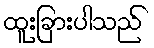
ထူးခြားပါသည်